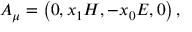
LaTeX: A _ { \mu } = \left( 0 , x _ { 1 } H , - x _ { 0 } E , 0 \right) ,